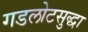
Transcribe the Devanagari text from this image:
गडलोटसुद्धा